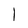
Character: l